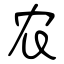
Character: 农